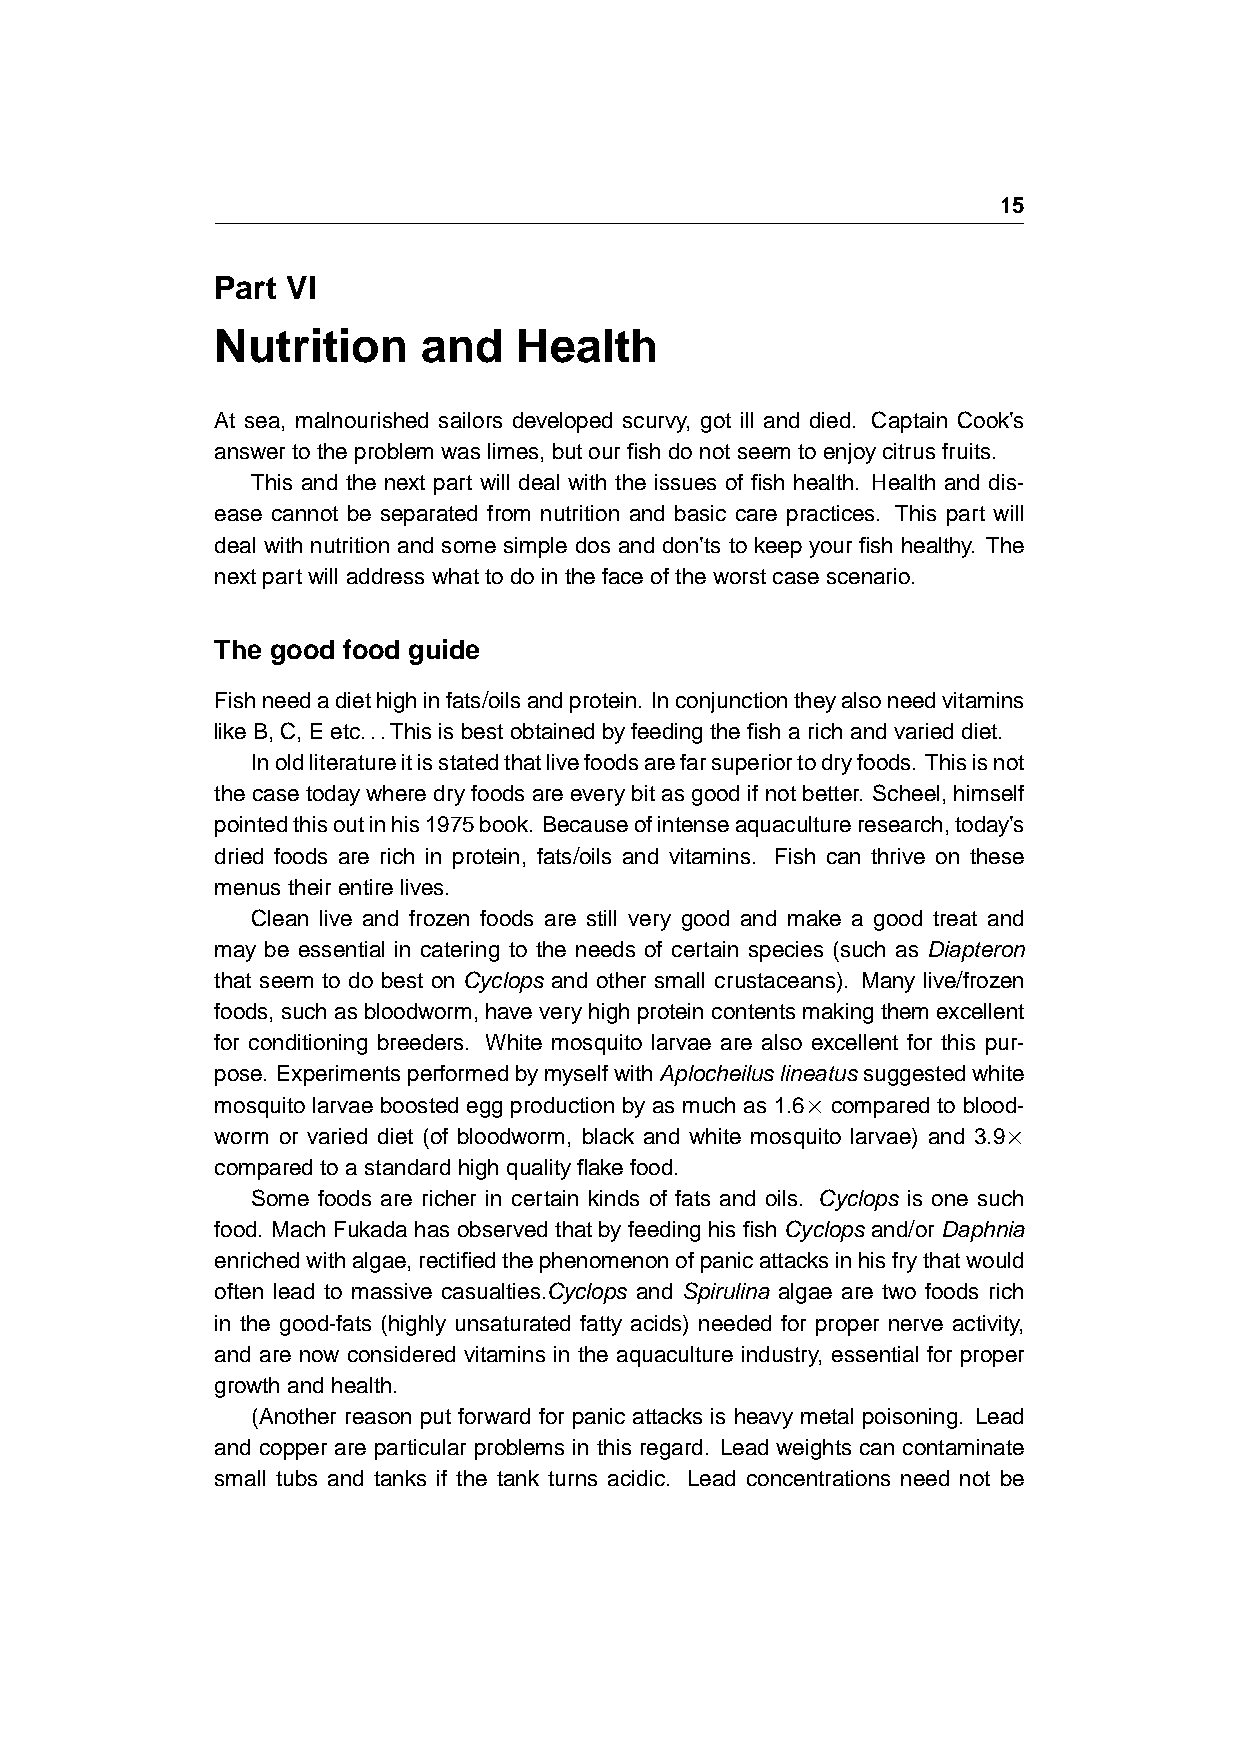
15
 Part VI
 Nutrition     and   Health
 At sea, malnourished sailors developed scurvy, got ill and died. Captain Cook’s
 answertotheproblemwaslimes,butourfishdonotseemtoenjoycitrusfruits.
 This and the next part will deal with the issues of fish health. Health and dis-
 ease cannot be separated from nutrition and basic care practices. This part will
 deal with nutrition and some simple dos and don’ts to keep your fish healthy. The
 nextpartwilladdresswhattodointhefaceoftheworstcasescenario.
 The good food guide
 Fishneedadiethighinfats/oilsandprotein. Inconjunctiontheyalsoneedvitamins
 likeB,C,Eetc...Thisisbestobtainedbyfeedingthefisharichandvarieddiet.
 Inoldliteratureitisstatedthatlivefoodsarefarsuperiortodryfoods. Thisisnot
 the case today where dry foods are every bit as good if not better. Scheel, himself
 pointedthisoutinhis1975book. Becauseofintenseaquacultureresearch,today’s
 dried foods are rich in protein, fats/oils and vitamins. Fish can thrive on these
 menustheirentirelives.
 Clean live and frozen foods are still very good and make a good treat and
 may be essential in catering to the needs of certain species (such as Diapteron
 that seem to do best on Cyclops and other small crustaceans). Many live/frozen
 foods,suchasbloodworm,haveveryhighproteincontentsmakingthemexcellent
 for conditioning breeders. White mosquito larvae are also excellent for this pur-
 pose. ExperimentsperformedbymyselfwithAplocheiluslineatus suggestedwhite
 mosquito larvae boosted egg production by as much as 1.6× compared to blood-
 worm or varied diet (of bloodworm, black and white mosquito larvae) and 3.9×
 comparedtoastandardhighqualityflakefood.
 Some foods are richer in certain kinds of fats and oils. Cyclops is one such
 food. Mach Fukada has observed that by feeding his fish Cyclops and/or Daphnia
 enrichedwithalgae,rectifiedthephenomenonofpanicattacksinhisfrythatwould
 often lead to massive casualties.Cyclops and Spirulina algae are two foods rich
 in the good-fats (highly unsaturated fatty acids) needed for proper nerve activity,
 and are now considered vitamins in the aquaculture industry, essential for proper
 growthandhealth.
 (Another reason put forward for panic attacks is heavy metal poisoning. Lead
 and copper are particular problems in this regard. Lead weights can contaminate
 small tubs and tanks if the tank turns acidic. Lead concentrations need not be